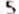
5